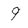
Character: 9